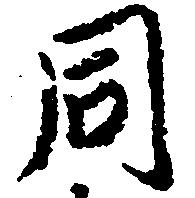
同